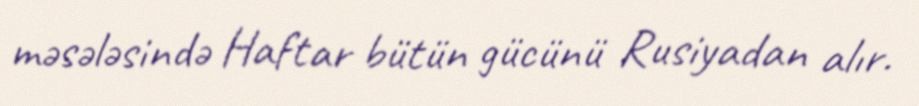
məsələsində Haftar bütün gücünü Rusiyadan alır.